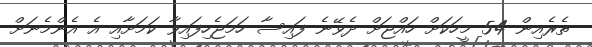
ތެރެއިން 54 މީހަކަށް ހައްޖަށް ދެވޭނެ ފައިސާ ހަމަޖެހިފައިވާ ކަމަށާއި އެ އެންމެނަށް